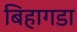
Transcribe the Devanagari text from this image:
बिहागडा